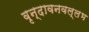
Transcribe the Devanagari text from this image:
वृन्दावनवल्लभ